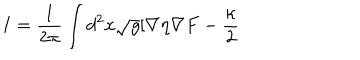
LaTeX: I = \frac { 1 } { 2 \pi } \int d ^ { 2 } x \sqrt { g } [ \nabla \eta \nabla F - \frac { \kappa } { 2 }